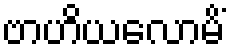
ဗာဟိယလောမိံ